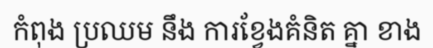
កំពុង ប្រឈម នឹង ការខ្វែងគំនិត គ្នា ខាង